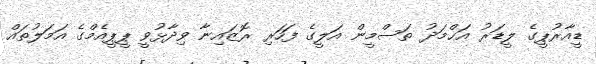
ޑީއާރުޕީގެ ލީޑަރު އަޙްމަދު ތަސްމީން އަލީގެ ފަހަރި ރޮޒައިނާ ވިދާޅުވީ ޕީޕީއެމްގެ އަމަލުތައް